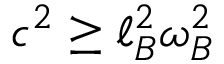
c ^ { 2 } \geq \ell _ { B } ^ { 2 } \omega _ { B } ^ { 2 }